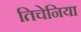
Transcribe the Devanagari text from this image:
तिचेनिया